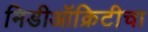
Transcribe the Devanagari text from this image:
मिडीऑक्रिटीचा